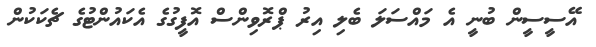
އޭސީސީން ބުނީ އެ މައްސަލަ ބެލި އިރު ޕްރޮވިންސް އޮފީގުގެ އެކައުންޓުގެ ޗެކަކުން